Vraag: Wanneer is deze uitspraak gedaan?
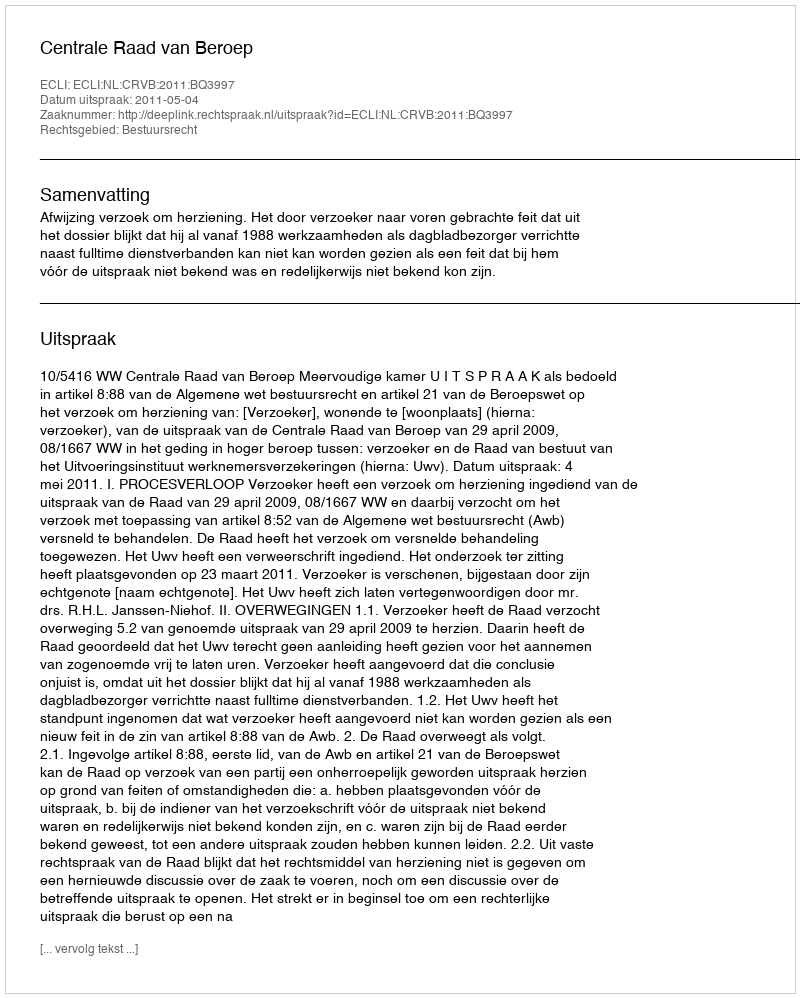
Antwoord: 2011-05-04